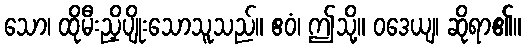
သော၊ ထိုမီးညှိပျိုးသောသူသည်။ ဧဝံ၊ ဤသို့။ ဝဒေယျ၊ ဆိုရာ၏။